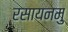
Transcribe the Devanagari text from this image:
रसायनमु